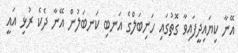
އޭނާ ކިޔައިދީފައިވާ ގޮތުގައި ހަނިބަލްގެ އަނބި ކަނބަލުން އޭނާ ދެކެ ރުޅި އައީ